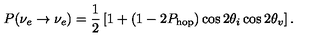
P ( \nu _ { e } \rightarrow \nu _ { e } ) = \frac { 1 } { 2 } \left[ 1 + ( 1 - 2 P _ { \mathrm { h o p } } ) \cos { 2 \theta _ { i } } \cos { 2 \theta _ { v } } \right] .